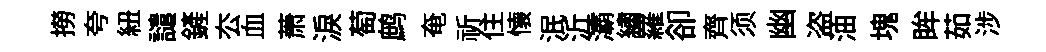
撈夸紐譴鏟厺血萧淚萄鹧奄祈住懐泯沂灞繡羅卻齊须幽盗油塊眸茹涉